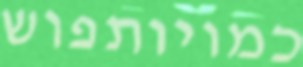
כמויותפוש